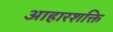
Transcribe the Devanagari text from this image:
आहारशक्ति